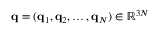
\mathbf { q } = ( \mathbf { q } _ { 1 } , \mathbf { q } _ { 2 } , \dots , \mathbf { q } _ { N } ) \in \mathbb { R } ^ { 3 N }